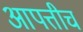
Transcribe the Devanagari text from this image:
आपत्तीच